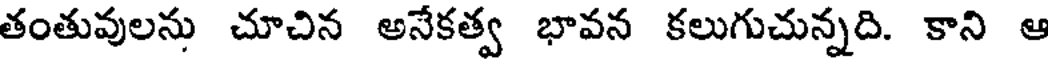
తంతువులను చూచిన అనేకత్వ భావన కలుగుచున్నది. కాని ఆ